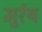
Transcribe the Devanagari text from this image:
मुर्रय